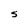
Character: S